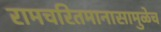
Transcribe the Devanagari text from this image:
रामचरितमानासामुळेच